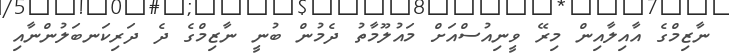
ނާޒިމްގެ އާއިލާއިން މިރޭ ވީނިއުސްއަށް މައުލޫމާތު ދެމުން ބުނީ ނާޒިމްގެ ދެ ދަރިކަނބަލުންނާއި